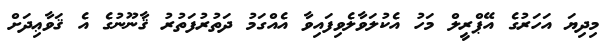
މިދިޔަ އަހަރުގެ އޭޕްރީލް މަހު އެކުލަވާލެވިފައިވާ އެއްގަމު ދަތުރުފަތުރު ޤާނޫނުގެ އެ ޤަވާޢިދަށް